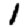
Digit: 1